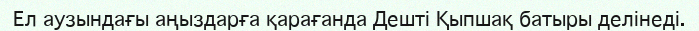
Ел аузындағы аңыздарға қарағанда Дешті Қыпшақ батыры делінеді.